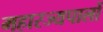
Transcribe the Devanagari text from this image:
महारज्यपालों